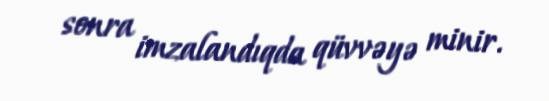
sonra imzalandıqda qüvvəyə minir.